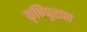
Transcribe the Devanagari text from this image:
कृषिपुराण